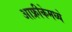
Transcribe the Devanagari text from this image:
आफ्रीकेमध्ये